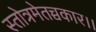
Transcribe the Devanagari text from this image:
स्तोत्रमेतच्चकार।।